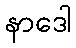
နာဒေါ